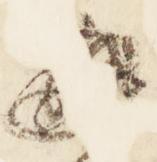
邂